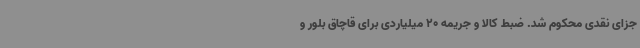
جزای نقدی محکوم شد. ضبط کالا و جریمه 20 میلیاردی برای قاچاق بلور و